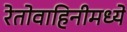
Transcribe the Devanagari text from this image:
रेतोवाहिनीमध्ये